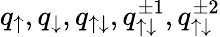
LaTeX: q_{\uparrow},q_{\downarrow},q_{\uparrow\downarrow},q_{\uparrow\downarrow}^{\pm 1},q_{\uparrow\downarrow}^{\pm 2}